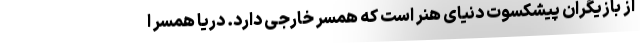
از بازیگران پیشکسوت دنیای هنر است که همسر خارجی دارد. دریا همسر ا